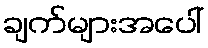
ချက်များအပေါ်